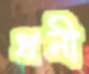
ধনী